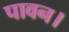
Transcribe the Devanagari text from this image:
पावन।